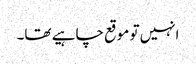
انہیں تو موقع چاہیے تھا۔